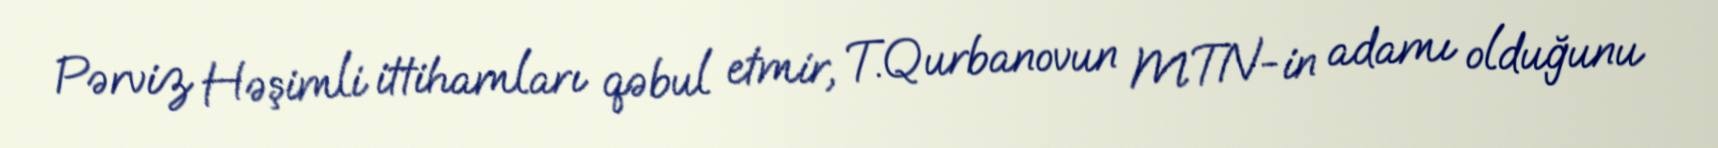
Pərviz Həşimli ittihamları qəbul etmir, T.Qurbanovun MTN-in adamı olduğunu